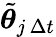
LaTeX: \tilde{{\boldsymbol{\theta}}}_{j\, \Delta t}